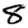
Digit: 8